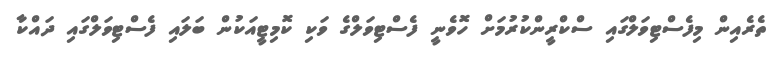
ތެރެއިން މިފެސްޓިވަލްގައި ސްކްރީންކުރުމަށް ހޮވެނީ ފެސްޓިވަލްގެ ވަކި ކޮމިޓީއަކުން ބަލައި ފެސްޓިވަލްގައި ދައްކާ